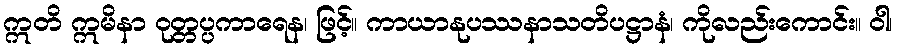
ဣတိ ဣမိနာ ဝုတ္တပ္ပကာရေန၊ ဖြင့်။ ကာယာနုပဿနာသတိပဋ္ဌာနံ၊ ကိုလည်းကောင်း။ ဝါ၊